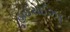
હાઈરાઈઝડ